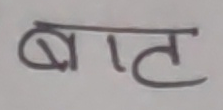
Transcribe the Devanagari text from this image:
बात